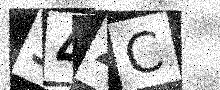
Text: 34ZC